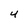
Character: 4